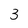
Character: 3